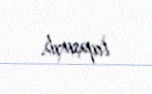
tapşırıb.